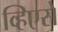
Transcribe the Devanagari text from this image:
व्हिएसे